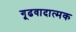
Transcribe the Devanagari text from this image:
गूढवादात्मक